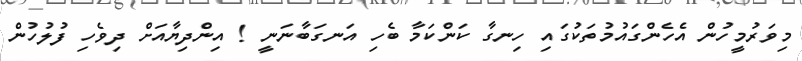
މިވަރުމީހުން އެހެންގައުމުތަކުގައި ހިނގާ ކަންކަމާ ބެހި އަނގަބާނަނީ ! އިންދިޔާއަށް ދިވެހި ފުލުހުން